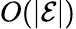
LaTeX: O(|\mathcal{E}|)